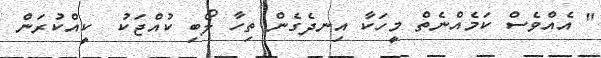
" އެއްވެސް ކަމެއްނެތް މީހަކާ އިނދެގެން ތިހާ ލޯބި ކުއްޖަކު  ކީއްކުރަން